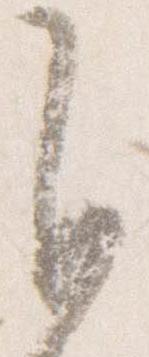
自